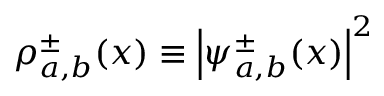
\rho _ { a , b } ^ { \pm } ( x ) \equiv { \left| \psi _ { a , b } ^ { \pm } ( x ) \right| } ^ { 2 }